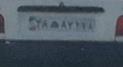
۳۸ه۸۷۶۷۸